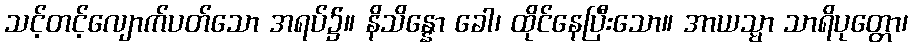
သင့်တင့်လျောက်ပတ်သော အရပ်၌။ နိသိန္နော ခေါ၊ ထိုင်နေပြီးသော။ အာယသ္မာ သာရိပုတ္တော၊